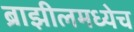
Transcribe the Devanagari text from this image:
ब्राझीलमध्येच